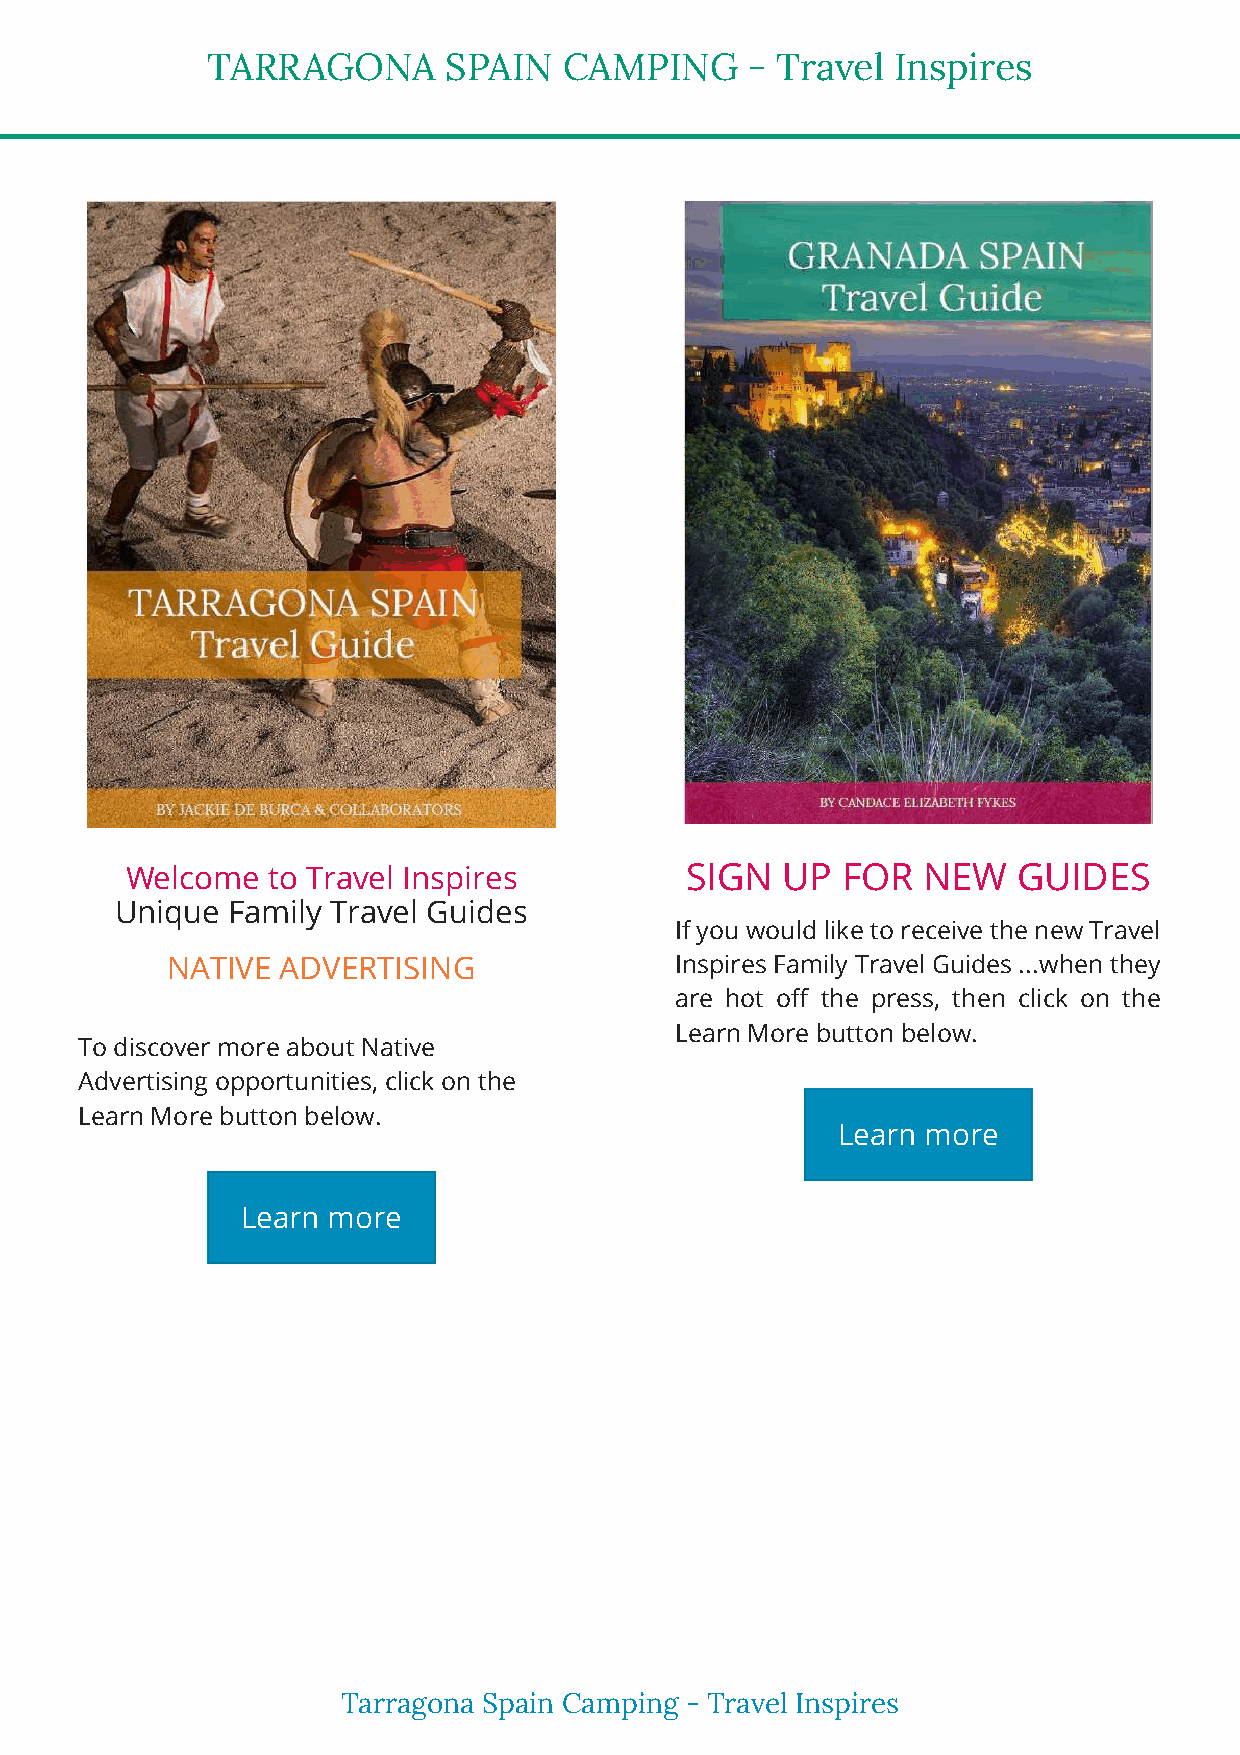
TARRAGONA      SPAIN   CAMPING      - Travel Inspires
 Welcome   to Travel Inspires         SIGN   UP  FOR  NEW   GUIDES
 Unique Family Travel Guides
 If you would like to receive the new Travel
 NATIVE  ADVERTISING               Inspires Family Travel Guides ...when they
 are hot o the press, then click on the
 Learn More button below.
 To discover more about Native
 Advertising opportunities, click on the
 Learn More button below.
 Learn more
 Learn more
 Tarragona Spain Camping - Travel Inspires